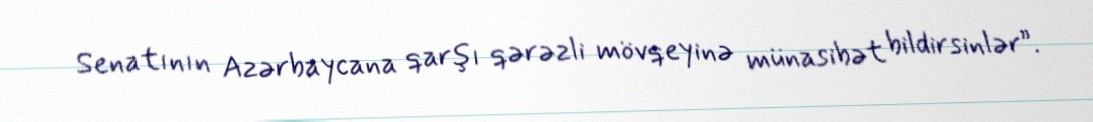
Senatının Azərbaycana qarşı qərəzli mövqeyinə münasibət bildirsinlər”.